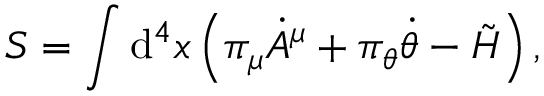
S = \int \mathrm { d } ^ { 4 } x \left( \pi _ { \mu } { \dot { A } } ^ { \mu } + \pi _ { \theta } \dot { \theta } - \tilde { \cal H } \right) ,